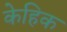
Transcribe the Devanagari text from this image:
केहिक